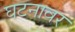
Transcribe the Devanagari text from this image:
घटनावर